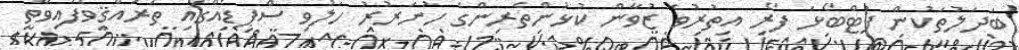
ބަދަލުތަކުން ފުޓްބޯޅަ ފޯރި އިތުރުވެ ޒުވާން ކުޅުންތެރިންގެ ހުނަރުރު ހަލުވި ސްޕިޑެއްގައި ތަރައްޤީވެފައިވާތީ